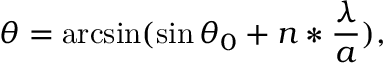
\centering \theta = \arcsin ( \sin { \theta _ { 0 } } + n * \frac { \lambda } { a } ) ,